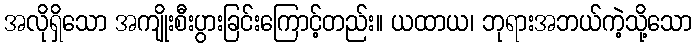
အလိုရှိသော အကျိုးစီးပွားခြင်းကြောင့်တည်း။ ယထာယ၊ ဘုရားအဘယ်ကဲ့သို့သော